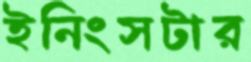
ইনিংসটার